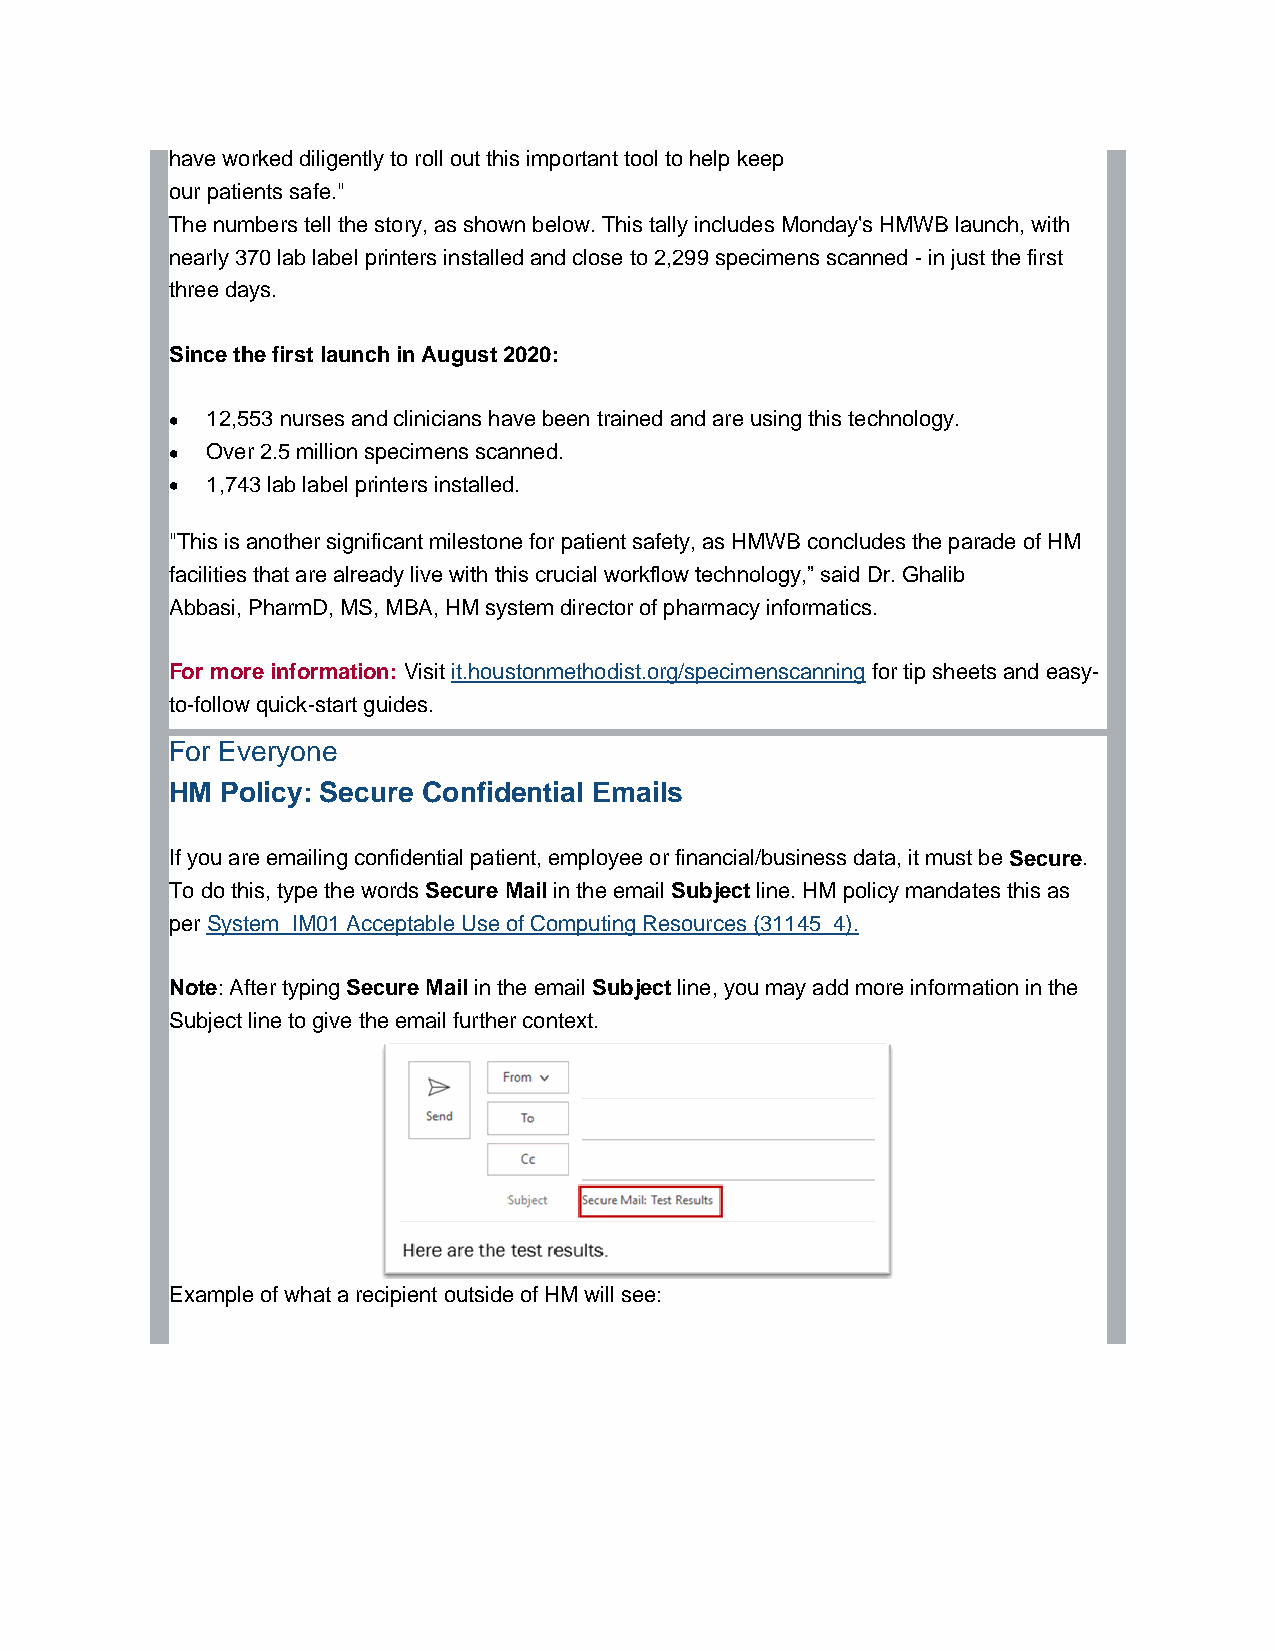
have worked diligently to roll out this important tool to help keep
 our patients safe."
 The numbers tell the story, as shown below. This tally includes Monday's HMWB launch, with
 nearly 370 lab label printers installed and close to 2,299 specimens scanned - in just the first
 three days.
 Since the first launch in August 2020:
 •  12,553 nurses and clinicians have been trained and are using this technology.
 •  Over 2.5 million specimens scanned.
 •  1,743 lab label printers installed.
 "This is another significant milestone for patient safety, as HMWB concludes the parade of HM
 facilities that are already live with this crucial workflow technology,” said Dr. Ghalib
 Abbasi, PharmD, MS, MBA, HM system director of pharmacy informatics.
 For more information: Visit it.houstonmethodist.org/specimenscanning for tip sheets and easy-
 to-follow quick-start guides.
 For Everyone
 HM  Policy: Secure Confidential Emails
 If you are emailing confidential patient, employee or financial/business data, it must be Secure.
 To do this, type the words Secure Mail in the email Subject line. HM policy mandates this as
 per System_IM01 Acceptable Use of Computing Resources (31145_4).
 Note: After typing Secure Mail in the email Subject line, you may add more information in the
 Subject line to give the email further context.
 Example of what a recipient outside of HM will see: